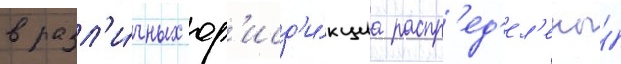
в разл'и́чных юр'исд'и́кциа распр'ед'ел'ены́